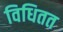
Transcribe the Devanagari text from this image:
विधितत